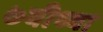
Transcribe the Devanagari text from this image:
७वीच्या